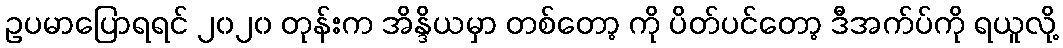
ဥပမာပြောရရင် ၂၀၂၀ တုန်းက အိန္ဒိယမှာ တစ်တော့ ကို ပိတ်ပင်တော့ ဒီအက်ပ်ကို ရယူလို့